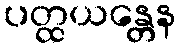
ပတ္ထယန္တေန